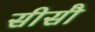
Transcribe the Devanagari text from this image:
सीसौ